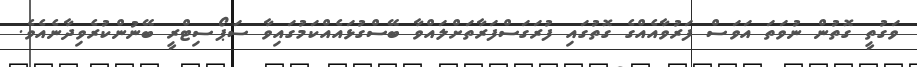
ވަގުތީ ގޮތުން ނުވަތަ އަވަސް ފަރުވާއެއްގެ ގޮތުގައި ފުރަގަސްފަރާތަށްލައްވާ ބޭސްގުޅައެއްކަމުގައިވާ ސަޕޯސިޓްރީ ބޭނުންކުރެވިދާނެއެވެ.